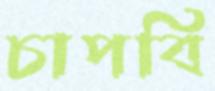
চাপবি